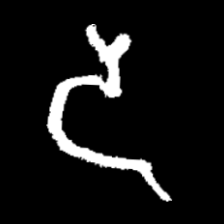
Pyu character \u2014 Myanmar letter: ဒ (romanized: da)